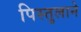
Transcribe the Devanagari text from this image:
पिस्तुलाने